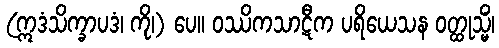
(ဣဒံသိက္ခာပဒံ၊ ကို၊) ပေ။ ဝဿိကသာဋီက ပရိယေသန ဝတ္ထုသ္မိံ၊